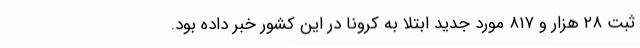
ثبت ۲۸ هزار و ۸۱۷ مورد جدید ابتلا به کرونا در این کشور خبر داده بود.